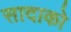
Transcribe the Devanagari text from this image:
सादाको